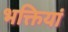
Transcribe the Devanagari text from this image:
भक्तियां